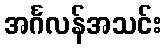
အင်္ဂလန်အသင်း